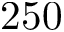
2 5 0